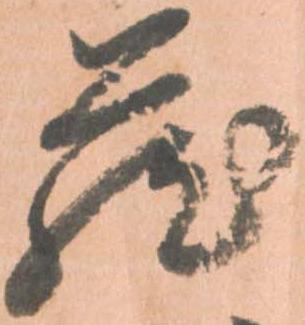
蔵